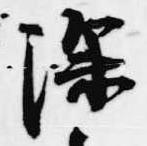
深